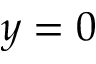
y = 0